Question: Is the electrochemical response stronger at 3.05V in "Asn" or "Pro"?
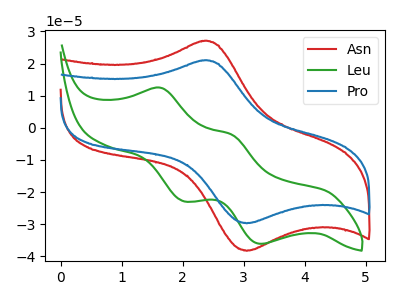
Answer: <think>The red curve "Asn" has an anodic peak at (2.35V, 27.05uA) and a cathodic peak at (3.05V, -38.25uA). The green curve "Leu" has anodic peaks at (1.65V, 12.45uA) (2.80V, -2.15uA) and cathodic peaks at (2.00V, -22.80uA) (3.30V, -36.10uA). The blue curve "Pro" has an anodic peak at (2.35V, 21.00uA) and a cathodic peak at (3.05V, -29.70uA).</think>
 <answer>The peak at 3.05V is higher in "Asn" than in "Pro".</answer>
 <eval>higher</eval>